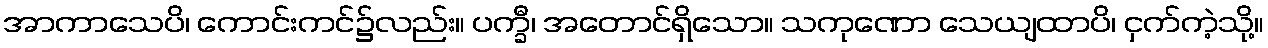
အာကာသေပိ၊ ကောင်းကင်၌လည်း။ ပက္ခီ၊ အတောင်ရှိသော။ သကုဏော သေယျထာပိ၊ ငှက်ကဲ့သို့။